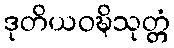
ဒုတိယဝဍ္ဎိသုတ္တံ